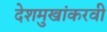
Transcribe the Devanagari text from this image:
देशमुखांकरवी